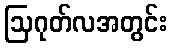
ဩဂုတ်လအတွင်း